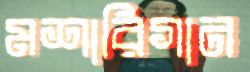
মশারিগান